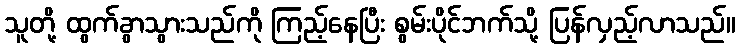
သူတို့ ထွက်ခွာသွားသည်ကို ကြည့်နေပြီး စွမ်းပိုင်ဘက်သို့ ပြန်လှည့်လာသည်။